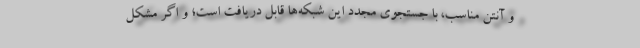
و آنتن مناسب، با جستجوی مجدد این شبکه‌ها قابل دریافت است؛ و اگر مشکل